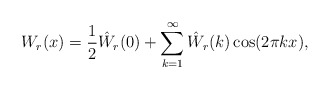
\begin{align*}W_r(x) = \frac 12 \hat W_r(0) + \sum_{k=1}^\infty \hat W_r(k) \cos(2\pi k x),\end{align*}